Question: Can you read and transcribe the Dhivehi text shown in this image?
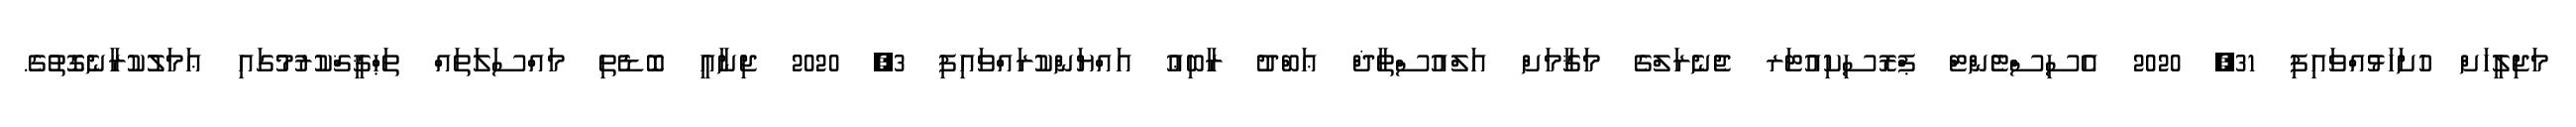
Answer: މަޖިލީހަށް ހުށަހަޅުއްވައިފި 31, 2020 އެސިސްޓެންޓް ޕްރޮސިކިއުޓަރ ޖެނެރަލްގެ މަޤާމަށް އަލްއުސްތާޛް ޢަބްދު ރާބިޢު އައްޔަންކުރައްވައިފި 3, 2020 ޖިނާއީ ބޮޑެތި މައްސަލަތައް ތަޙްޤީޤްކުރުމުގައި ޢަމަލުކުރާނެގޮތުގެ.